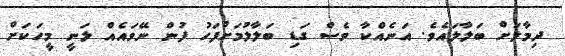
ދިމާލަށް ބަލާލައެވެ. އަނެއްކާ ވެސް ގަޑި ބަލާލުމަށްފަހު ފުން ނޭވައެއް ލަނީ މީހަކަށް